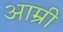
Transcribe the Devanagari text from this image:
आम्री